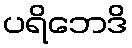
ပရိဘေဒိ